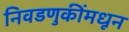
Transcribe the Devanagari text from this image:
निवडणुकींमधून